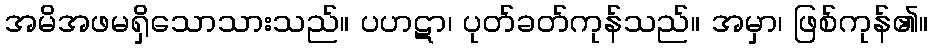
အမိအဖမရှိသောသားသည်။ ပဟဋာ၊ ပုတ်ခတ်ကုန်သည်။ အမှာ၊ ဖြစ်ကုန်၏။